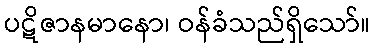
ပဋိဇာနမာနော၊ ဝန်ခံသည်ရှိသော်။